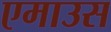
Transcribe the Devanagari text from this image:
एमाउस